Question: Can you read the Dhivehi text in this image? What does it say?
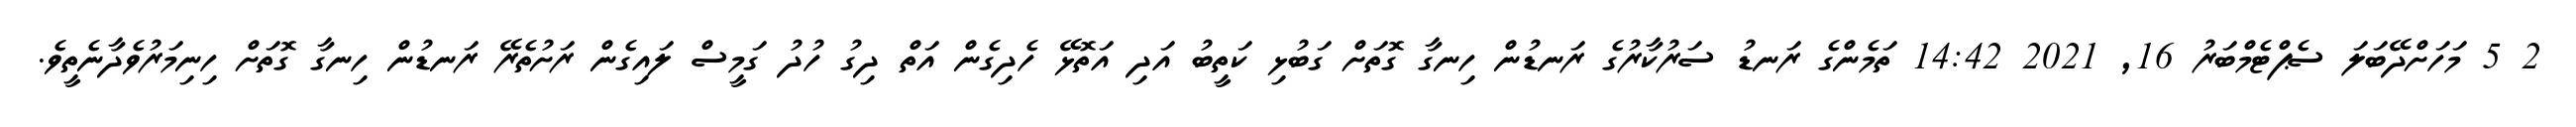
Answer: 2 5 މަހަށްދޭބަލަ ސެޕްޓެމްބަރު 16, 2021 14:42 ތަމެންގެ ރަނޑު ސަރުކާރުގެ ރަނޑުން ހިނގާ ގޮތަށް ގަބުޅި ކަތީބު އަދި އަތޮޅޭ ހެދިގެން އަތް ދިގު ހުދު ގަމީސް ލައިގެން ރަށުތެރޭ ރަނޑުން ހިނގާ ގޮތަށް ހިނިމަރުވެދާނެތީވެ.